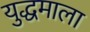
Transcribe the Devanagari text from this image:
युद्धमाला